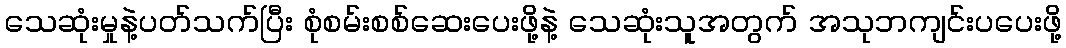
သေဆုံးမှုနဲ့ပတ်သက်ပြီး စုံစမ်းစစ်ဆေးပေးဖို့နဲ့ သေဆုံးသူအတွက် အသုဘကျင်းပပေးဖို့